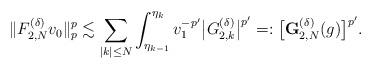
LaTeX: \begin{align*}\|{F}^{(\delta)}_{2,N}v_0\|_p^p\lesssim\sum_{|k|\le N}\int_{\eta_{k-1}}^{\eta_k}v_1^{-p'}\bigl|G_{2,k}^{(\delta)}\bigr|^{p'}=:\bigl[\mathbf{G}^{(\delta)}_{2,N}(g)\bigr]^{p'}.\end{align*}